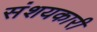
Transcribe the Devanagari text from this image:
संशयकारी